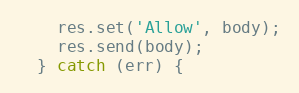
Language: JavaScript
    res.set('Allow', body);
    res.send(body);
  } catch (err) {